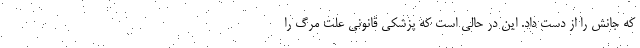
که جانش را از دست داد. این در حالی است که پزشکی قانونی علت مرگ را